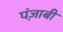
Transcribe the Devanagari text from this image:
पंज़ाबी